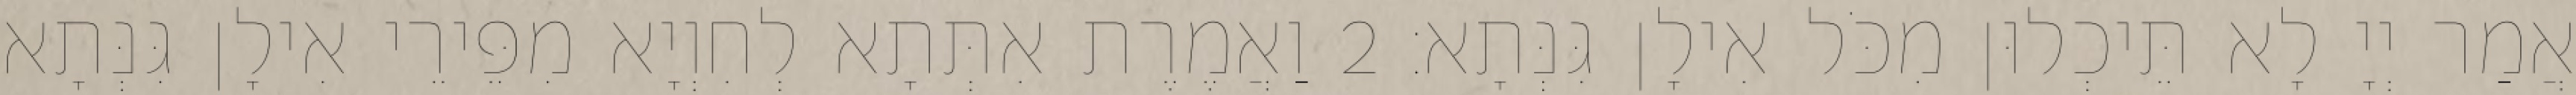
אֲמַר יְיָ לָא תֵּיכְלוּן מִכֹּל אִילָן גִּנְּתָא׃ 2 וַאֲמֶרֶת אִתְּתָא לְחִוְיָא מִפֵּירֵי אִילָן גִּנְּתָא